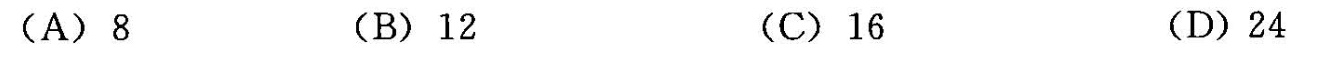
(A)8 (B)12 (C)16 (D)24